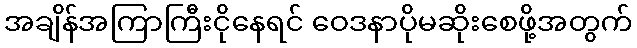
အချိန်အကြာကြီးငိုနေရင် ဝေဒနာပိုမဆိုးစေဖို့အတွက်